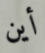
أين